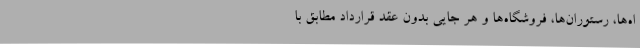
اه‌ها، رستوران‌ها، فروشگاه‌ها و هر جایی بدونِ عقد قرارداد مطابق با